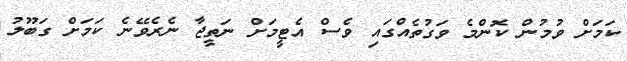
ކަމަށް ވުމުން ކޮންމެ ވަގުތެއްގައި ވެސް އެޓީމަށް ނަތީޖާ ނެރެވޭނެ ކަމަށް ގަބޫލު